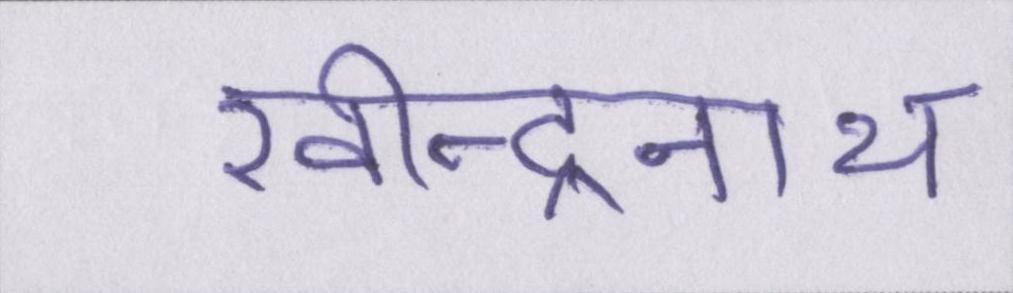
रवीन्द्रनाथ